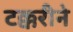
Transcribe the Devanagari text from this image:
टक्करीने